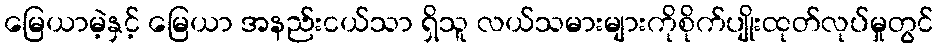
မြေယာမဲ့နှင့် မြေယာ အနည်းငယ်သာ ရှိသူ လယ်သမားများကိုစိုက်ပျိုးထုတ်လုပ်မှုတွင်